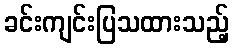
ခင်းကျင်းပြသထားသည့်